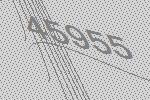
45955